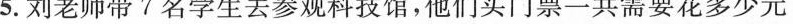
5.刘老师带7名学生去参观科技馆，他们买门票一共需要花多少元